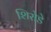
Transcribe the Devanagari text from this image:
शिरोडे